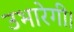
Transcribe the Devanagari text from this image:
उभारेगी।